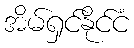
အိမ်ရှင်နိုင်ငံ